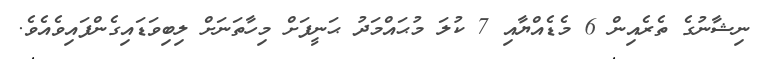
ނިޝާނުގެ ތެރެއިން 6 މެޑެއްޔާއި 7 ކުލަ މުޙައްމަދު ޙަނީފަށް މިހާތަނަށް ލިބިވަޑައިގެންފައިވެއެވެ.